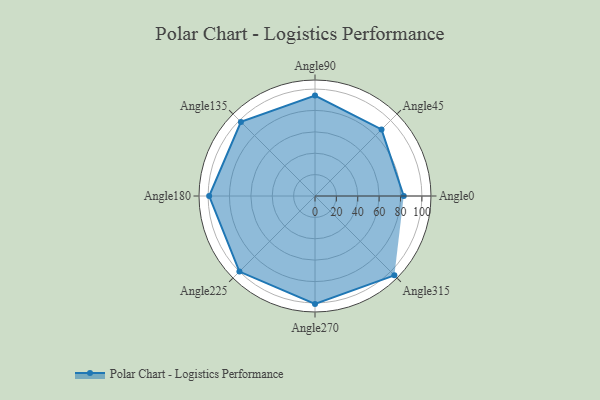
{"axis": {"x": "Angle", "y": "Radius"}, "legend": [""], "data": [{"x": "Angle0", "y": 83.0, "type": ""}, {"x": "Angle45", "y": 88.0, "type": ""}, {"x": "Angle90", "y": 94.0, "type": ""}, {"x": "Angle135", "y": 98.0, "type": ""}, {"x": "Angle180", "y": 99.0, "type": ""}, {"x": "Angle225", "y": 100.0, "type": ""}, {"x": "Angle270", "y": 101.0, "type": ""}, {"x": "Angle315", "y": 105.0, "type": ""}]}